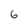
Character: 6